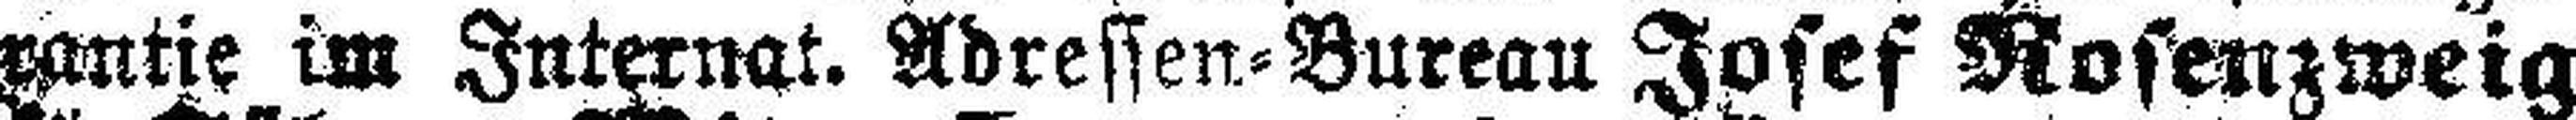
rantie im Internat. Adressen=Bureau Josef Rosenzweig